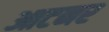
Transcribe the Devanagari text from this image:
आटनर